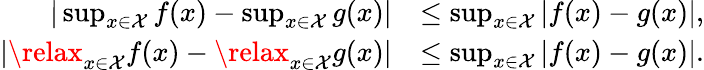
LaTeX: \begin{array}{rl}{|\operatorname*{sup}_{x\in\mathcal{X}}f(x)-\operatorname*{sup}_{x\in\mathcal{X}}g(x)|}&{\leq\operatorname*{sup}_{x\in\mathcal{X}}|f(x)-g(x)|,}\\ {|\relax_{x\in\mathcal{X}}f(x)-\relax_{x\in\mathcal{X}}g(x)|}&{\leq\operatorname*{sup}_{x\in\mathcal{X}}|f(x)-g(x)|.}\end{array}